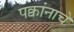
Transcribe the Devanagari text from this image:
पक्वांनाचे